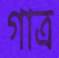
গাত্র